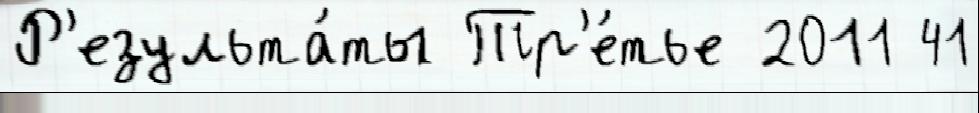
Р'езульта́ты Тр'е́тье 2011 41